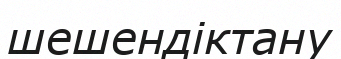
шешендіктану